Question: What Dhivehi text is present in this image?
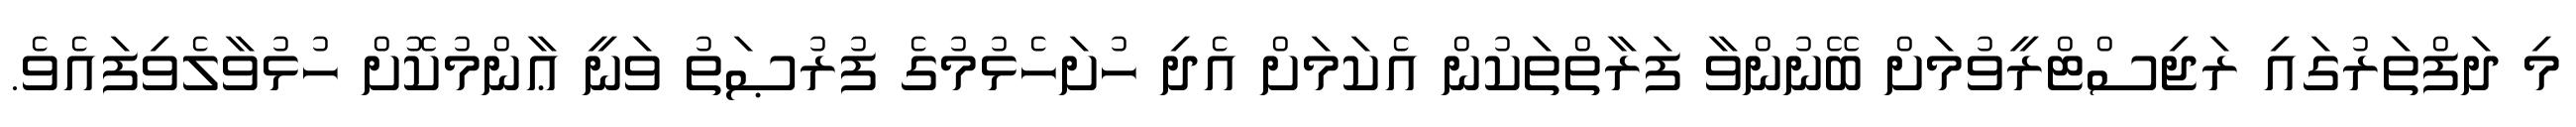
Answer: މި ދަފްތަރުގައި ރަޖިސްޓްރީވުމަށް ބޭނުންވާ ފަރާތްތަކުން އެކަމަށް އެދި ހުށަހެޅުމުގެ ފުރުޞަތު ވަނީ ޢާންމުކޮށް ހުޅުވާލެވިފައެވެ.